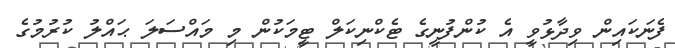
ފެނަކައިން ވިދާޅުވީ އެ ކުންފުނީގެ ޓެކްނިކަލް ޓީމަކުން މި މައްސަލަ ޙައްލު ކުރުމުގެ